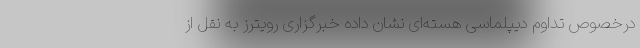
درخصوص تداوم دیپلماسی هسته‌ای نشان داده خبرگزاری رویترز به نقل از